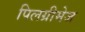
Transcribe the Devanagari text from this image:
पिलग्रीमेज